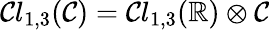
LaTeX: \mathcal{C}l_{1,3}(\mathbb{{\mathcal{C}}})=\mathcal{C}l_{1,3}(\mathbb{{R}})\otimes\mathbb{{\mathcal{C}}}